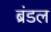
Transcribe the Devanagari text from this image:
ब्रंडल